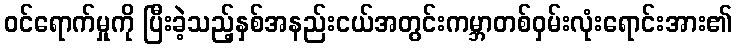
ဝင်ရောက်မှုကို ပြီးခဲ့သည့်နှစ်အနည်းငယ်အတွင်းကမ္ဘာတစ်ဝှမ်းလုံးရောင်းအား၏